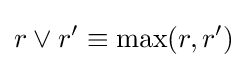
r\vee r'\equiv \max(r,r')